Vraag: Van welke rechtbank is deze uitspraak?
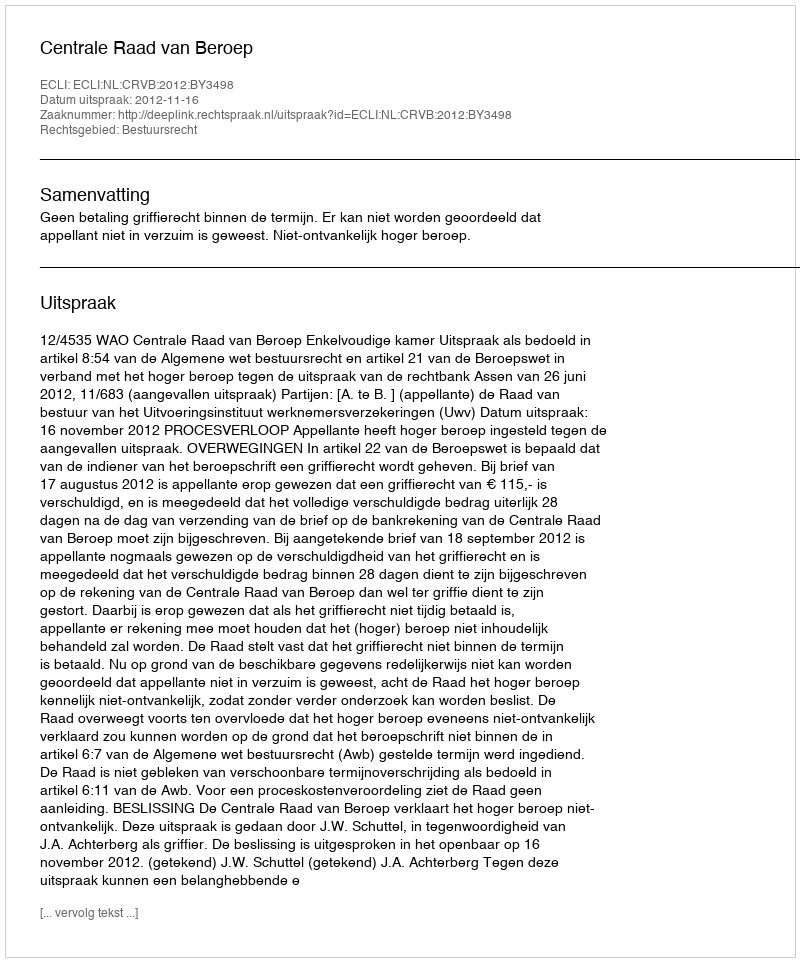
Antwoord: Centrale Raad van Beroep